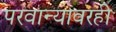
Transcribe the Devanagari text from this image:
परवान्यावरही